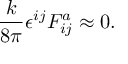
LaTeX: { \frac { k } { 8 \pi } } \epsilon ^ { i j } F _ { i j } ^ { a } \approx 0 .